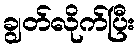
ချွတ်လိုက်ပြီး